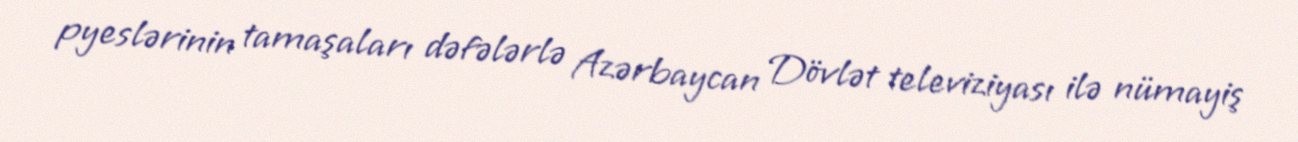
pyeslərinin tamaşaları dəfələrlə Azərbaycan Dövlət televiziyası ilə nümayiş